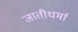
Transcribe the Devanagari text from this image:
जातीधर्मा